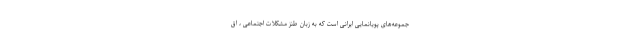
جموعه‌های پویانمایی ایرانی است که به زبان طنز مشکلات اجتماعی ، اق